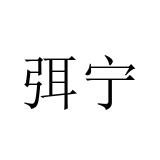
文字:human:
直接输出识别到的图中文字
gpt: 弭宁